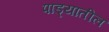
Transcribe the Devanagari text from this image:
पाड्यातील